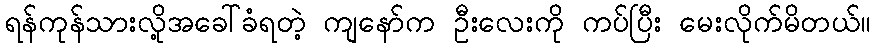
ရန်ကုန်သားလို့အခေါ်ခံရတဲ့ ကျနော်က ဦးလေးကို ကပ်ပြီး မေးလိုက်မိတယ်။